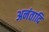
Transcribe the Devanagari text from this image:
अनंतादि